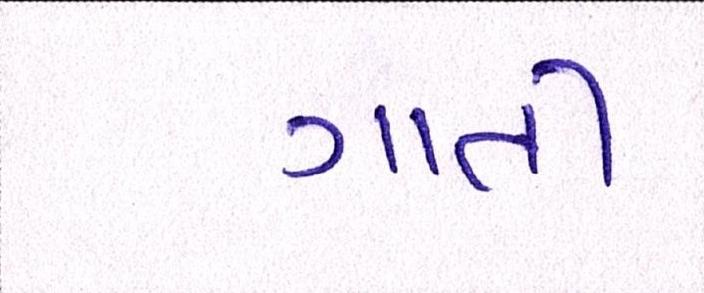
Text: ગાતી